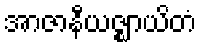
အာဇာနီယဇ္ဈာယိတံ